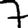
Digit: 7